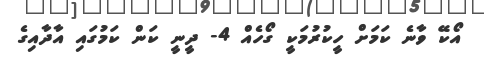
އޯކޭ ވާނެ ކަމަށް ހީކުރުމަކީ ގޯހެއް 4- ދީނީ ކަން ކަމުގައި އާދާއިގެ